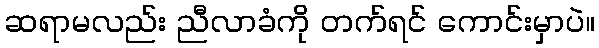
ဆရာမလည်း ညီလာခံကို တက်ရင် ကောင်းမှာပဲ။